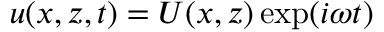
u ( x , z , t ) = U ( x , z ) \exp ( i \omega t )